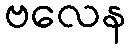
ဗလေန